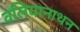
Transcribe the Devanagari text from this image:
वलियानाथन